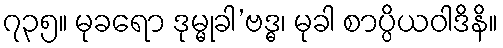
၇၃၅။ မုခရော ဒုမ္မုခါ’ဗဒ္ဓ၊ မုခါ စာပ္ပိယဝါဒိနိ။